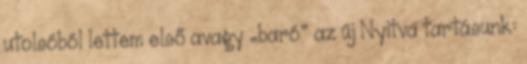
utolsóból lettem első avagy „baró” az új Nyitva tartásunk: